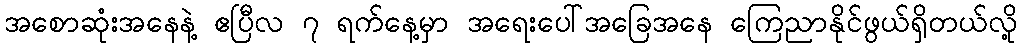
အစောဆုံးအနေနဲ့ ဧပြီလ ၇ ရက်နေ့မှာ အရေးပေါ်အခြေအနေ ကြေညာနိုင်ဖွယ်ရှိတယ်လို့